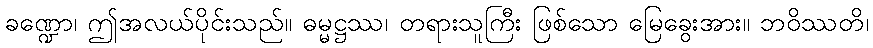
ခဏ္ဍော၊ ဤအလယ်ပိုင်းသည်။ ဓမ္မဋ္ဌဿ၊ တရားသူကြီး ဖြစ်သော မြေခွေးအား။ ဘဝိဿတိ၊